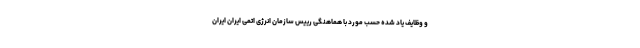
و وظایف یاد شده حسب مورد با هماهنگی رییس سازمان انرژی اتمی ایران ایران